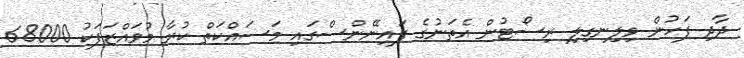
ދާދި ފަހުން ވިލިނގިލި ރިސޯޓުން އެތަނުގެ ފައިނޭންސްގައި މަސައްކަތް ކުރާ މުވައްޒަފަކު 68000